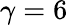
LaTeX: \gamma=6